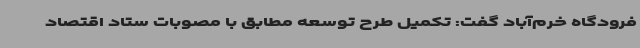
فرودگاه خرم‌آباد گفت: تکمیل طرح توسعه مطابق با مصوبات ستاد اقتصاد